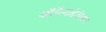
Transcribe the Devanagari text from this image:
ऑर्गेनाईजेशन